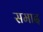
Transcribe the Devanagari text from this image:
समाद